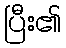
ပြီး၏